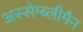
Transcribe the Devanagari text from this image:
अस्सेम्ब्लीमैन